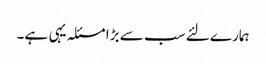
ہمارے لئے سب سے بڑا مسئلہ یہی ہے۔